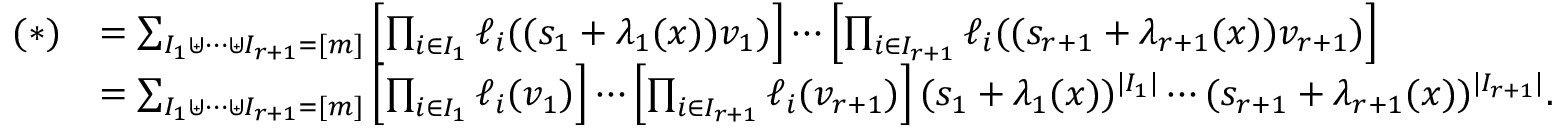
\begin{array} { r l } { ( * ) } & { = \sum _ { \substack { I _ { 1 } \uplus \cdots \uplus I _ { r + 1 } = [ m ] } } \left[ \prod _ { i \in I _ { 1 } } \ell _ { i } ( ( s _ { 1 } + \lambda _ { 1 } ( x ) ) v _ { 1 } ) \right] \cdots \left[ \prod _ { i \in I _ { r + 1 } } \ell _ { i } ( ( s _ { r + 1 } + \lambda _ { r + 1 } ( x ) ) v _ { r + 1 } ) \right] } \\ & { = \sum _ { \substack { I _ { 1 } \uplus \cdots \uplus I _ { r + 1 } = [ m ] } } \left[ \prod _ { i \in I _ { 1 } } \ell _ { i } ( v _ { 1 } ) \right] \cdots \left[ \prod _ { i \in I _ { r + 1 } } \ell _ { i } ( v _ { r + 1 } ) \right] ( s _ { 1 } + \lambda _ { 1 } ( x ) ) ^ { | I _ { 1 } | } \cdots ( s _ { r + 1 } + \lambda _ { r + 1 } ( x ) ) ^ { | I _ { r + 1 } | } . } \end{array}